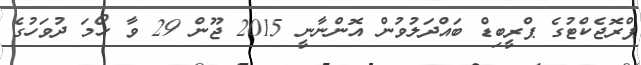
ޕްރޮޖެކްޓުގެ ޕްރީބިޑް ބައްދަލުވުން އޮންނާނީ 2015 ޖޫން 29 ވާ ހޯމަ ދުވަހުގެ